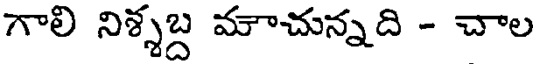
గాలి నిశ్శబ్ద మాచున్నది - చాల